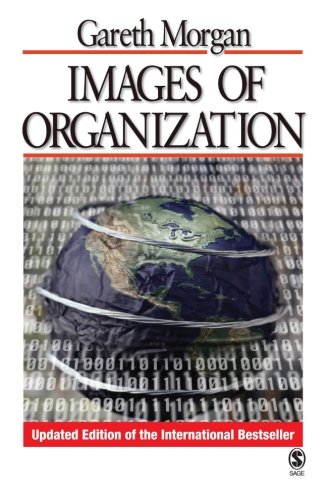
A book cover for Images of Organization; Gareth Morgan; Business & Money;